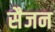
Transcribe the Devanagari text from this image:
सैजन